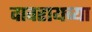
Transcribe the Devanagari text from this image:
वावरायच्या